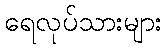
ရေလုပ်သားများ